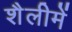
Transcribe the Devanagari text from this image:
शैलीमें